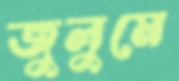
জুলুমে